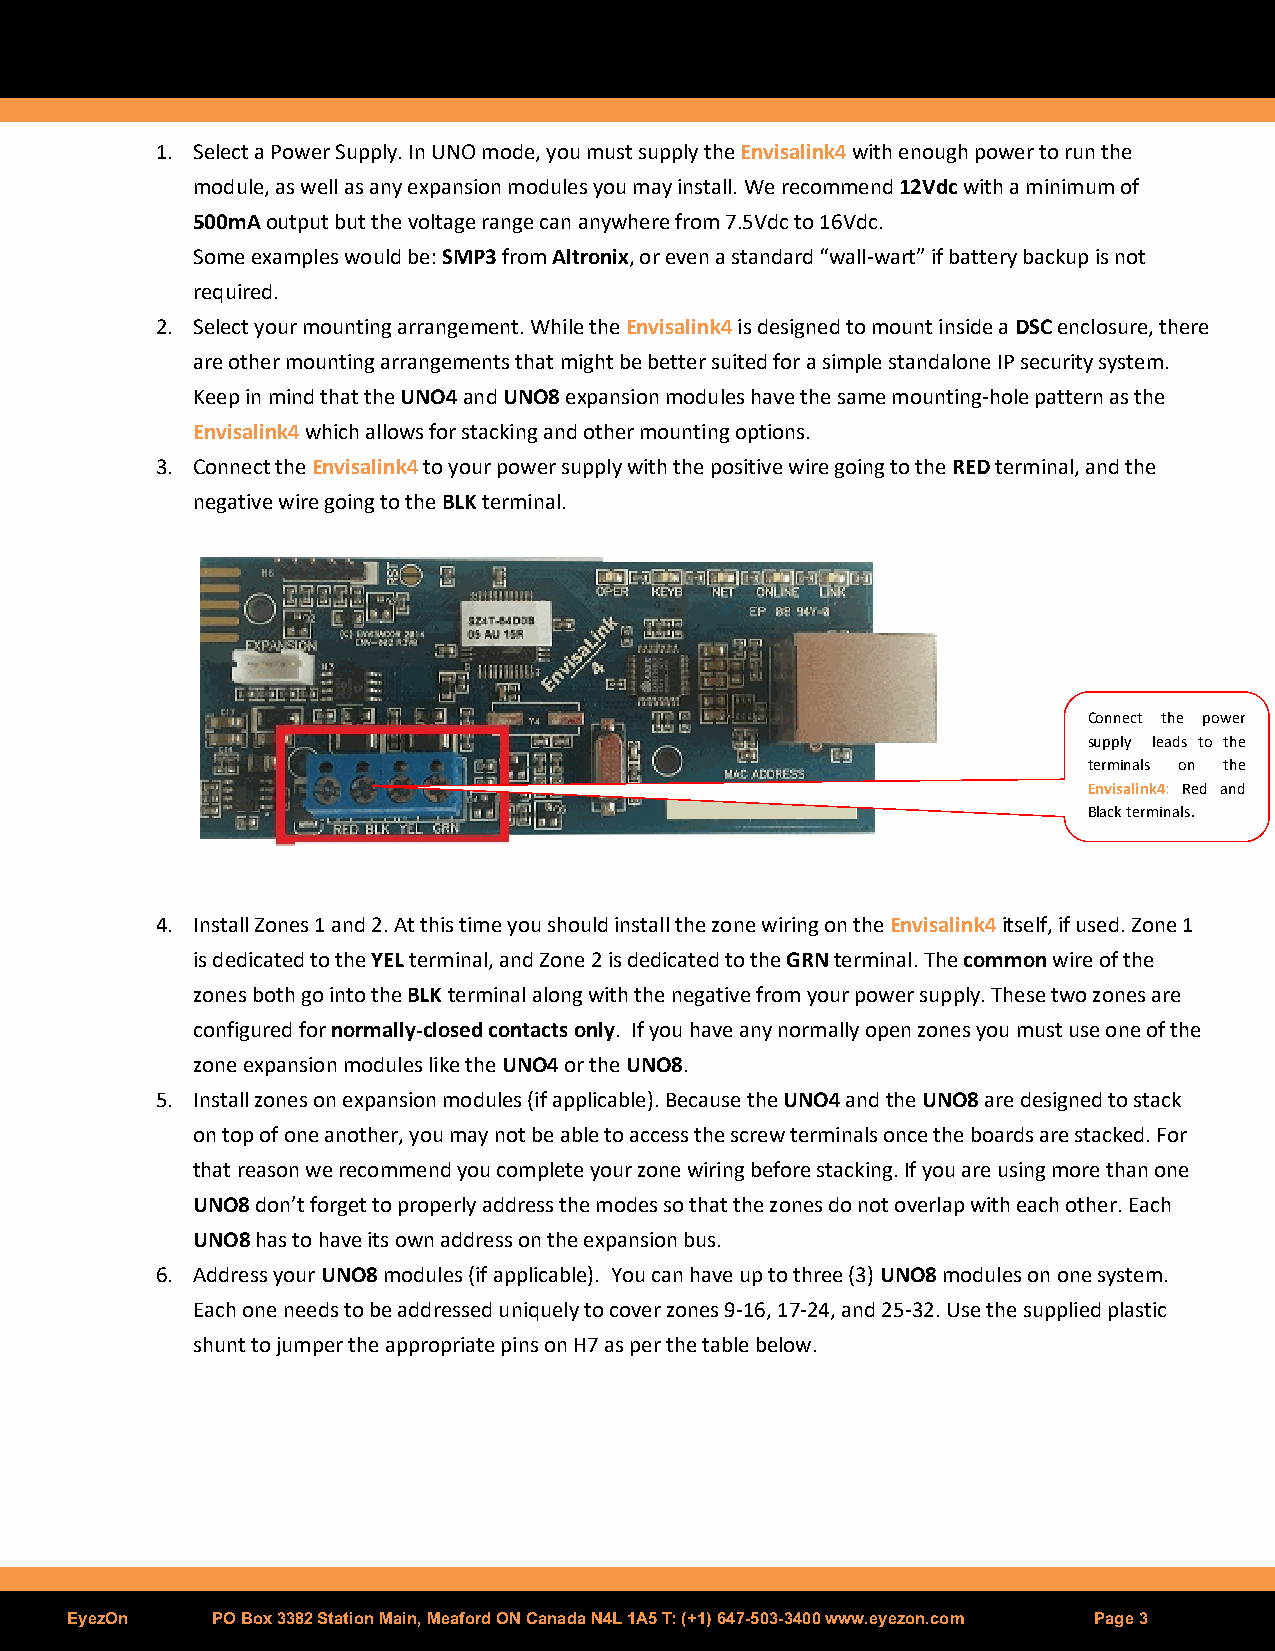
1. Select a Power Supply. In UNO mode, you must supply the Envisalink4 with enough power to run the
 module, as well as any expansion modules you may install. We recommend 12Vdc with a minimum of
 500mA output but the voltage range can anywhere from 7.5Vdc to 16Vdc.
 Some examples would be: SMP3 from Altronix, or even a standard “wall-wart” if battery backup is not
 required.
 2. Select your mounting arrangement. While the Envisalink4 is designed to mount inside a DSC enclosure, there
 are other mounting arrangements that might be better suited for a simple standalone IP security system.
 Keep in mind that the UNO4 and UNO8 expansion modules have the same mounting-hole pattern as the
 Envisalink4 which allows for stacking and other mounting options.
 3. Connect the Envisalink4 to your power supply with the positive wire going to the RED terminal, and the
 negative wire going to the BLK terminal.
 Connect the power
 supply leads to the
 terminals on the
 Envisalink4: Red and
 Black terminals.
 4. Install Zones 1 and 2. At this time you should install the zone wiring on the Envisalink4 itself, if used. Zone 1
 is dedicated to the YEL terminal, and Zone 2 is dedicated to the GRN terminal. The common wire of the
 zones both go into the BLK terminal along with the negative from your power supply. These two zones are
 configured for normally-closed contacts only. If you have any normally open zones you must use one of the
 zone expansion modules like the UNO4 or the UNO8.
 5. Install zones on expansion modules (if applicable). Because the UNO4 and the UNO8 are designed to stack
 on top of one another, you may not be able to access the screw terminals once the boards are stacked. For
 that reason we recommend you complete your zone wiring before stacking. If you are using more than one
 UNO8 don’t forget to properly address the modes so that the zones do not overlap with each other. Each
 UNO8 has to have its own address on the expansion bus.
 6. Address your UNO8 modules (if applicable). You can have up to three (3) UNO8 modules on one system.
 Each one needs to be addressed uniquely to cover zones 9-16, 17-24, and 25-32. Use the supplied plastic
 shunt to jumper the appropriate pins on H7 as per the table below.
 EyezOn    PO Box 3382 Station Main, Meaford ON Canada N4L 1A5 T: (+1) 647-503-3400 www.eyezon.com Page 3